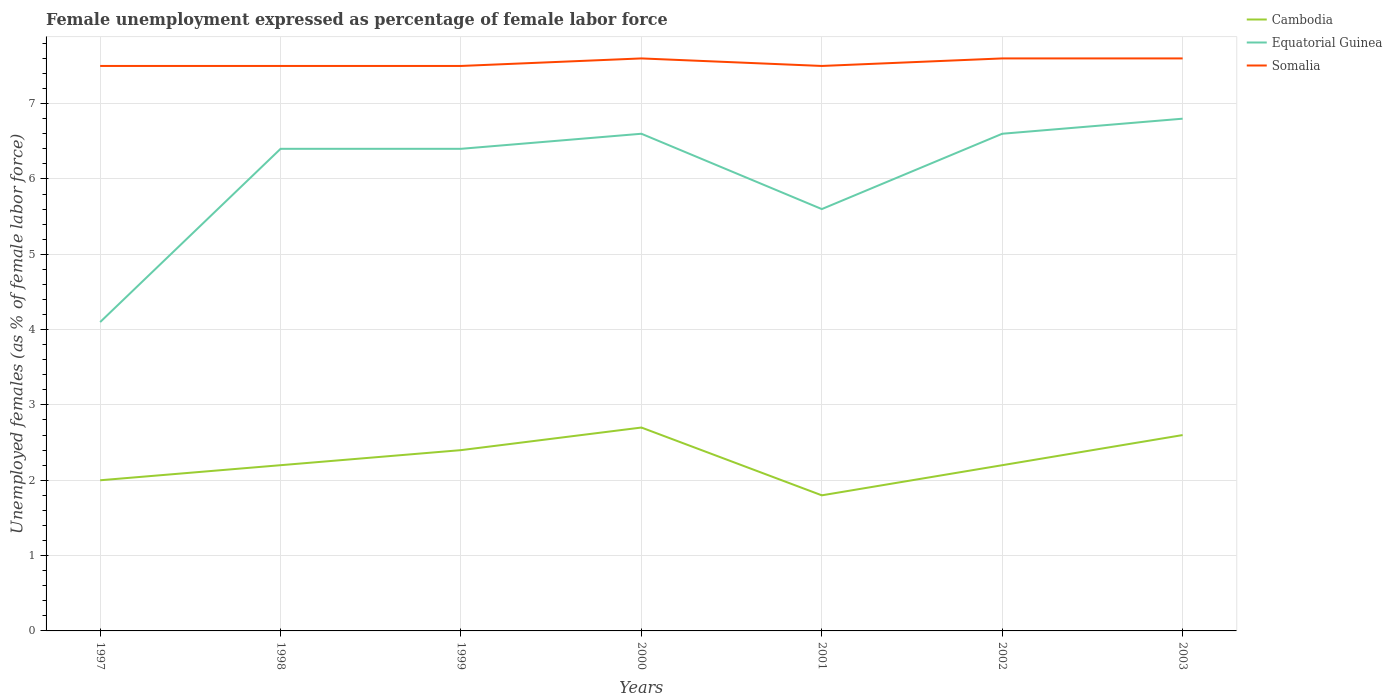
| Years | Cambodia | Equatorial Guinea | Somalia |
 | --- | --- | --- | --- |
 | 1997 | 2 | 4.1 | 7.5 |
 | 1998 | 2.2 | 6.4 | 7.5 |
 | 1999 | 2.4 | 6.4 | 7.5 |
 | 2000 | 2.7 | 6.6 | 7.6 |
 | 2001 | 1.8 | 5.6 | 7.5 |
 | 2002 | 2.2 | 6.6 | 7.6 |
 | 2003 | 2.6 | 6.8 | 7.6 |